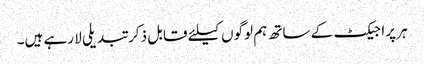
ہر پراجیکٹ کے ساتھ ہم لوگوں کیلئے قابل ذکر تبدیلی لا رہے ہیں۔